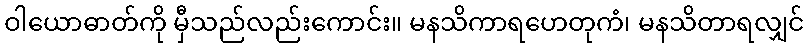
ဝါယောဓာတ်ကို မှီသည်လည်းကောင်း။ မနသိကာရဟေတုကံ၊ မနသိတာရလျှင်